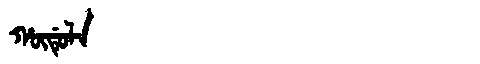
Manchu: ᡥᡡᡩᡠᠯᠠ
Romanization: HŪDULA